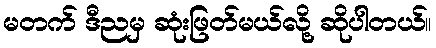
မတက် ဒီညမှ ဆုံးဖြတ်မယ်လို့ ဆိုပါတယ်။